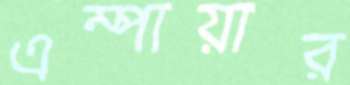
এম্পায়ার